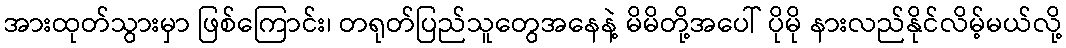
အားထုတ်သွားမှာ ဖြစ်ကြောင်း၊ တရုတ်ပြည်သူတွေအနေနဲ့ မိမိတို့အပေါ် ပိုမို နားလည်နိုင်လိမ့်မယ်လို့